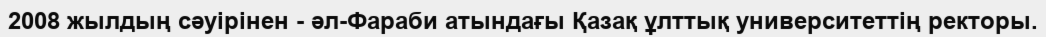
2008 жылдың сәуірінен - әл-Фараби атындағы Қазақ ұлттық университеттің ректоры.